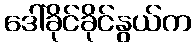
ဒေါ်ခိုင်ခိုင်နွယ်က